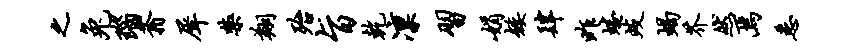
之兔瑙蓊犀禁翔殆旨乾凛习娟矮肆昨蜷歧蝎芥然焉悉